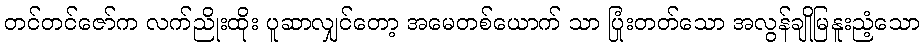
တင်တင်ဇော်က လက်ညိုးထိုး ပူဆာလျှင်တော့ အမေတစ်ယောက် သာ ပြုံးတတ်သော အလွန်ချိုမြနူးညံ့သော